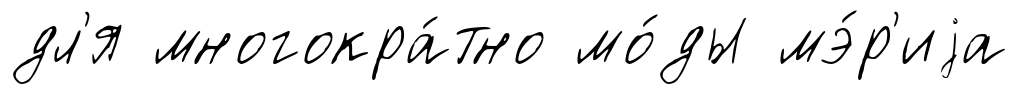
дл'я многокра́тно мо́ды мэ́р'иjа